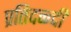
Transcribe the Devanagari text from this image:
प्रतिदव्न्दी